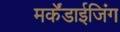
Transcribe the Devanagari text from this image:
मर्केंडाईजिंग